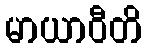
မာယာဝီတိ